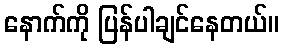
နောက်ကို ပြန်ပါချင်နေတယ်။